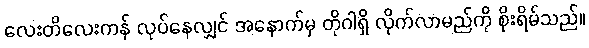
လေးတိလေးကန် လုပ်နေလျှင် အနောက်မှ တိုဂါရှိ လိုက်လာမည်ကို စိုးရိမ်သည်။